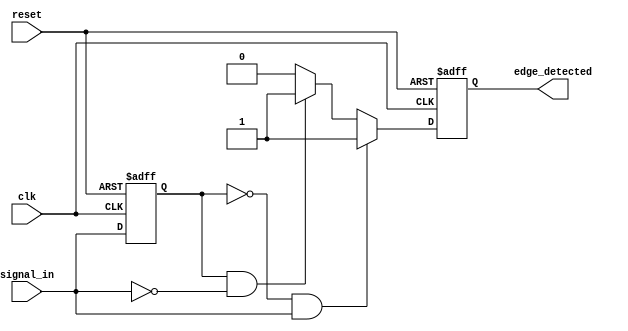
module glitch_free_edge_detector (
    input wire clk,            // Clock input
    input wire reset,          // Asynchronous reset
    input wire signal_in,      // Input signal to detect edges
    output reg edge_detected   // Output signal indicating edge detection
);

// Declare a register to hold the previous state of the input signal
reg signal_in_prev;

// Edge detection logic
always @(posedge clk or posedge reset) begin
    // Asynchronous reset
    if (reset) begin
        signal_in_prev <= 0;      // Reset previous state
        edge_detected <= 0;       // Reset edge detected output
    end else begin
        // Edge detection logic
        if (signal_in_prev == 0 && signal_in == 1) begin
            // Rising edge detected
            edge_detected <= 1;     // Assert edge_detected for rising edge
        end else if (signal_in_prev == 1 && signal_in == 0) begin
            // Falling edge detected
            edge_detected <= 1;     // Assert edge_detected for falling edge
        end else begin
            edge_detected <= 0;      // No edge detected
        end
        
        // Update previous state
        signal_in_prev <= signal_in; // Store the current state for next cycle
    end
end

endmodule